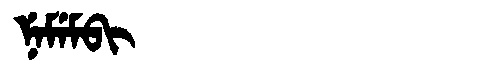
Manchu: ᠨᡝᠮᡝᠮᠪᡳ
Romanization: NEMEMBI